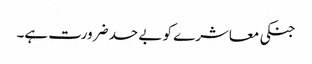
جنکی معاشرے کو بے حد ضرورت ہے۔